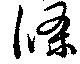
滌